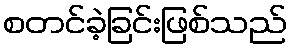
စတင်ခဲ့ခြင်းဖြစ်သည်